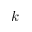
k